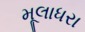
મૂલાધરા